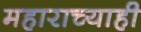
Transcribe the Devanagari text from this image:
महाराच्याही